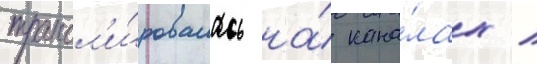
трансл'и́ровалась на́ кана́лах /